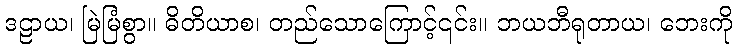
ဒဠာယ၊ မြဲမြံစွာ။ ဓိတိယာစ၊ တည်သောကြောင့်၎င်း။ ဘယဘီရုတာယ၊ ဘေးကို